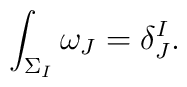
\int_{\Sigma_{ I}} \omega_{J}=\delta_{J}^{I}.